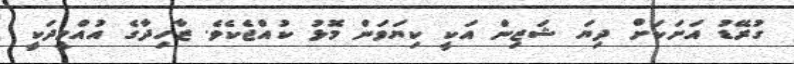
ގުރޭޑު އަށަކަށް ދިޔަ ޝަޒިން އަކީ ކިޔަވަން މޮޅު ކުއްޖެކެވެ. ޒާހިދާގެ އުއްމީދަކީ